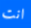
انت